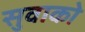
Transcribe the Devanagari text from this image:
सुवाको